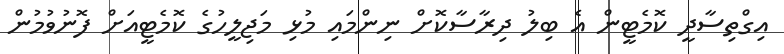
އިގްތިސާދީ ކޮމެޓީން އެ ބިލު ދިރާސާކޮށް ނިންމައި މުޅި މަޖިލީހުގެ ކޮމެޓީއަށް ފޮނުވުމުން